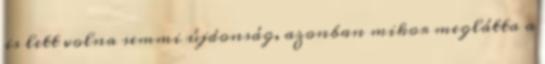
is lett volna semmi újdonság, azonban mikor meglátta a